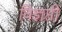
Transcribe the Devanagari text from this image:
विज्ञप्ती